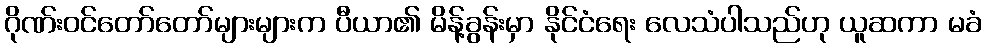
ဂိုဏ်းဝင်တော်တော်များများက ပီယာ၏ မိန့်ခွန်းမှာ နိုင်ငံရေး လေသံပါသည်ဟု ယူဆကာ မခံ